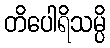
တိပေါရိသမ္ပိ